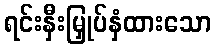
ရင်းနှီးမြှုပ်နှံထားသော